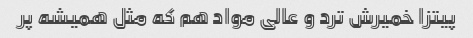
پیتزا خمیرش ترد و عالی مواد هم که مثل همیشه پر